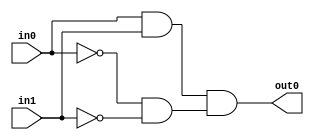
module modulename
// Port Declration
(
input wire in0, in1,
output wire out0
);
// Internal Signal Declaration
wire sig0, sig1;
// Block logic
assign out0 = sig0 & sig1;
assign sig0 = in0 & in1;
assign sig1 = ~in0 & ~in1;

initial begin
    $dumpfile("waves.vcd");
    $dumpvars;
end

endmodule